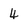
Character: 4